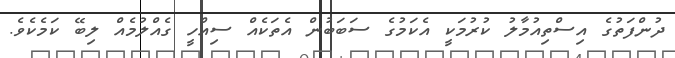
ދުންފަތުގެ އިސްތިއުމާލު ކުރުމަކީ އެކަމުގެ ސަބަބުން އެތަކެއް ސިއްހީ ގެއްލުމެއް ލިބޭ ކަމެކެވެ.